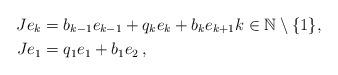
LaTeX: \begin{align*} J e_k&= b_{k-1}e_{k-1} + q_k e_k + b_ke_{k+1} k \in \mathbb{N} \setminus \{1\},\\ J e_1&=q_1 e_1 + b_1 e_2\,,\end{align*}